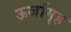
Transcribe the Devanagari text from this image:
ऊर्जागृह